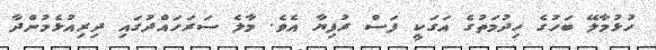
ހުޅުމާލޭ ބަހުގެ ހިދުމަތުގެ އަގަކީ ފަސް ރުފިޔާ އެވެ. މާލެ ސަރަހައްދުގައި ދިރިއުޅެމުންދާ